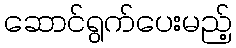
ဆောင်ရွက်ပေးမည့်